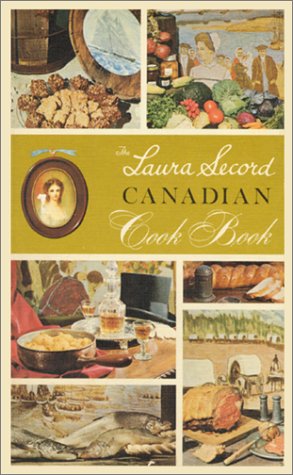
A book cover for Laura Secord Canadian Cook Book (Classic Canadian Cookbook); Laura Secord; Cookbooks, Food & Wine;